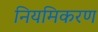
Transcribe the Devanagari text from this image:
नियमिकरण